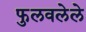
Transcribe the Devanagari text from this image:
फुलवलेले